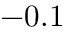
- 0 . 1